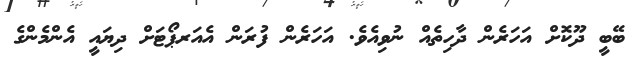
ބޭބީ ދޫކޮށް އަހަރެން ދާހިތެއް ނުވިއެވެ. އަހަރެން ފުރަން އެއަރޕޯޓަށް ދިޔައީ އެންމެންގެ